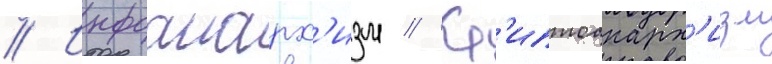
// Инфоанарх'изм // Кр'иптоанарх'изм